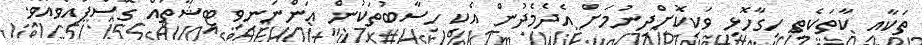
ތަކާއި ކާތަކެތި ހިގާހޮޅި ވަކިކޮށްދިނުމަށް އެދެމެދުން އެކި ހިސާބުތަކުން އަންނަނިވި ޓިޝޫތައް ގޮސްފައިވެއެވެ.